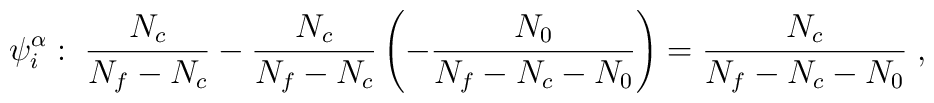
\psi_i^{\alpha}: \; \frac{N_c}{N_f - N_c} -      \frac{N_c}{N_f - N_c}\left(-\frac{N_0}{N_f - N_c - N_0}        \right) = \frac{N_c}{N_f - N_c - N_0}\;,